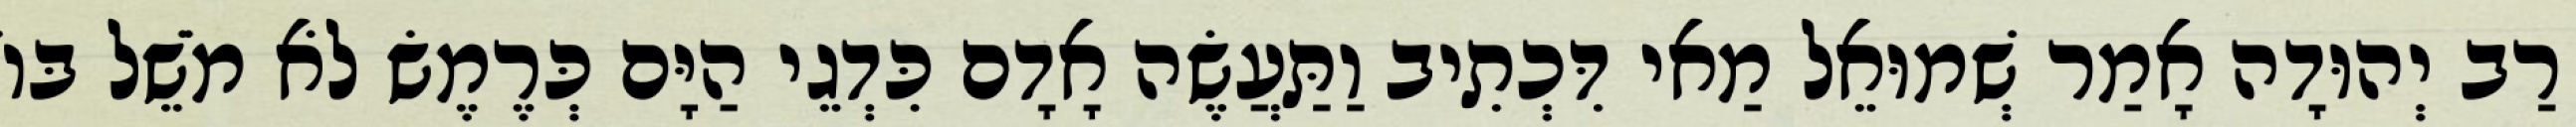
רַב יְהוּדָה אָמַר שְׁמוּאֵל מַאי דִּכְתִיב וַתַּעֲשֶׂה אָדָם כִּדְגֵי הַיָּם כְּרֶמֶשׂ לֹא מֹשֵׁל בּוֹ